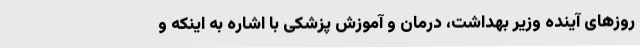
روزهای آینده وزیر بهداشت، درمان و آموزش پزشکی با اشاره به اینکه و